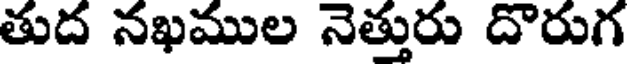
తుద నఖముల నెత్తురు దొరుగ